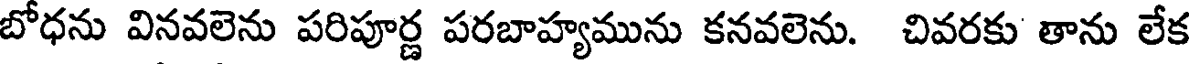
బోధను వినవలెను పరిపూర్ణ పరబాహ్యమును కనవలెను. చివరకు తాను లేక